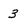
Character: 3